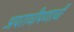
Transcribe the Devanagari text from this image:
अपराधीपणाची